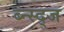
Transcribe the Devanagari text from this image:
ब्न्स्द्ज